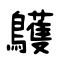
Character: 鸌